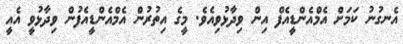
އެނގުނު ކަމަށް އެމްއެންޑީއެފް އިން ވިދާޅުވިއެވެ. މީގެ އިތުރުން އެމްއެންޑީއެފުން ވިދާޅުވީ އެއީ